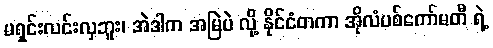
မရှင်းလင်းလှဘူး၊ အဲဒါက အမြဲပဲ လို့ နိုင်ငံတကာ အိုလံပစ်ကော်မတီ ရဲ့